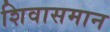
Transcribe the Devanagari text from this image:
शिवासमान